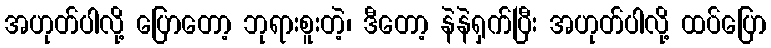
အဟုတ်ပါလို့ ပြောတော့ ဘုရားစူးတဲ့၊ ဒီတော့ နဲနဲရှက်ပြီး အဟုတ်ပါလို့ ထပ်ပြော